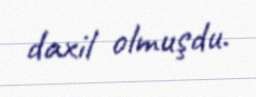
daxil olmuşdu.